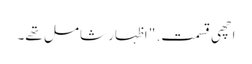
اچھی قسمت. " اظہار شامل تھے۔